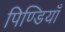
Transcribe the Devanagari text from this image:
पिण्डियाँ